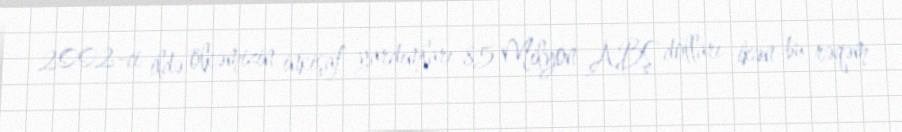
2002-ci ildə ölkəmizin inkişaf yardımları 85 Milyon ABŞ dolları ikən bu rəqəm